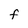
Character: f